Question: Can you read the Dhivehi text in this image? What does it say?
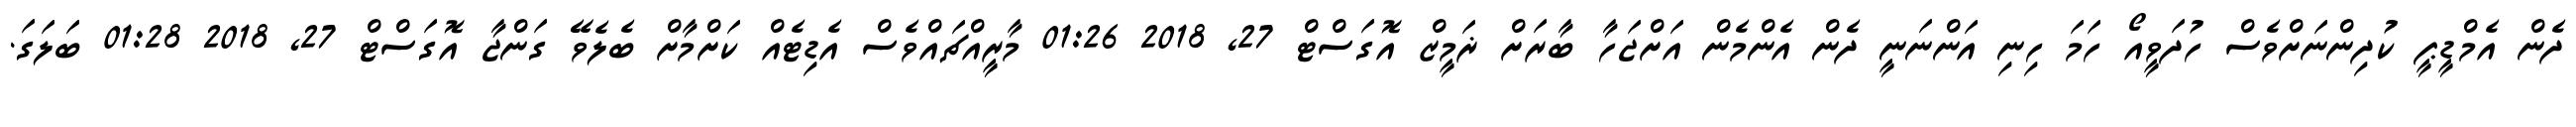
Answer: ދެން އެމްޑީޕީ ކުދިންނަށްވެސް ހުދަވީއޯ ހަމަ ހިނި އަންނަނީ ދެން އެންމެން އަށްޖަހާ ބާރަށް ޜަމީޒް އޮގަސްޓް 27, 2018 01:26 މާރީއްޗައްވެސް އެޑިޓެއް ކަށްމާށް ބެލެވޭ ގަންޖާ އޮގަސްޓް 27, 2018 01:28 ބަލަގަ.